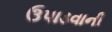
ઉપાડવાની